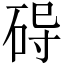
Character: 𱴀